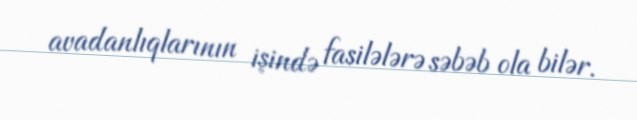
avadanlıqlarının işində fasilələrə səbəb ola bilər.